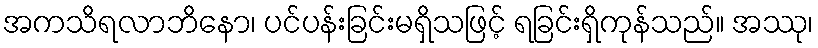
အကသိရလာဘိနော၊ ပင်ပန်းခြင်းမရှိသဖြင့် ရခြင်းရှိကုန်သည်။ အဿု၊